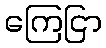
ကြေငြာ